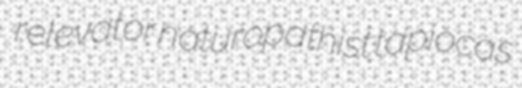
relevator naturopathist tapiocas